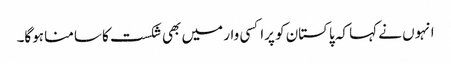
انہوں نے کہا کہ پاکستان کو پراکسی وار میں بھی شکست کا سامنا ہوگا۔